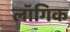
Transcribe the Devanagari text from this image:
लॉगिक